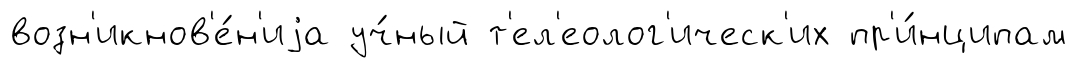
возн'икнов'е́н'иjа уч́ный т'ел'еолог'ическ'их пр'и́нципам